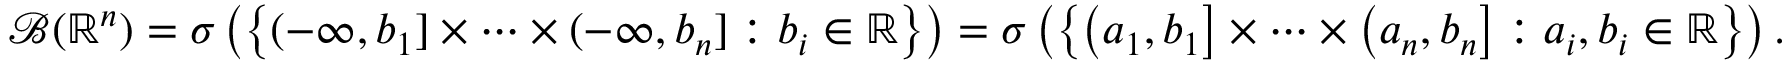
{ \mathcal { B } } ( \mathbb { R } ^ { n } ) = \sigma \left( \left\{ ( - \infty , b _ { 1 } ] \times \cdots \times ( - \infty , b _ { n } ] : b _ { i } \in \mathbb { R } \right\} \right) = \sigma \left( \left\{ \left( a _ { 1 } , b _ { 1 } \right] \times \cdots \times \left( a _ { n } , b _ { n } \right] : a _ { i } , b _ { i } \in \mathbb { R } \right\} \right) .